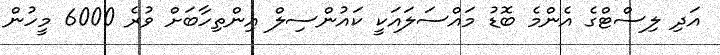
އަދި ލިސްޓްގެ އެންމެ ބޮޑު މައްސަލައަކީ ކައުންސިލް އިންތިހާބަށް ވުރެ 6000 މީހުން